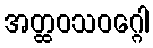
အတ္ထဝသဝဂ္ဂေါ